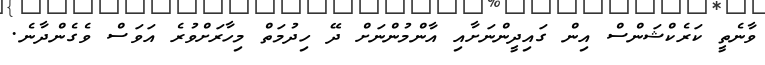
ވާނެތީ ކަރެކްޝަންސް އިން ގައިދީންނަށާއި އާންމުންނަށް ދޭ ހިދުމަތް މިހާރަށްވުރެ އަވަސް ވެގެންދާނެ.